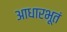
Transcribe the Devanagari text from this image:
आधारभूतं